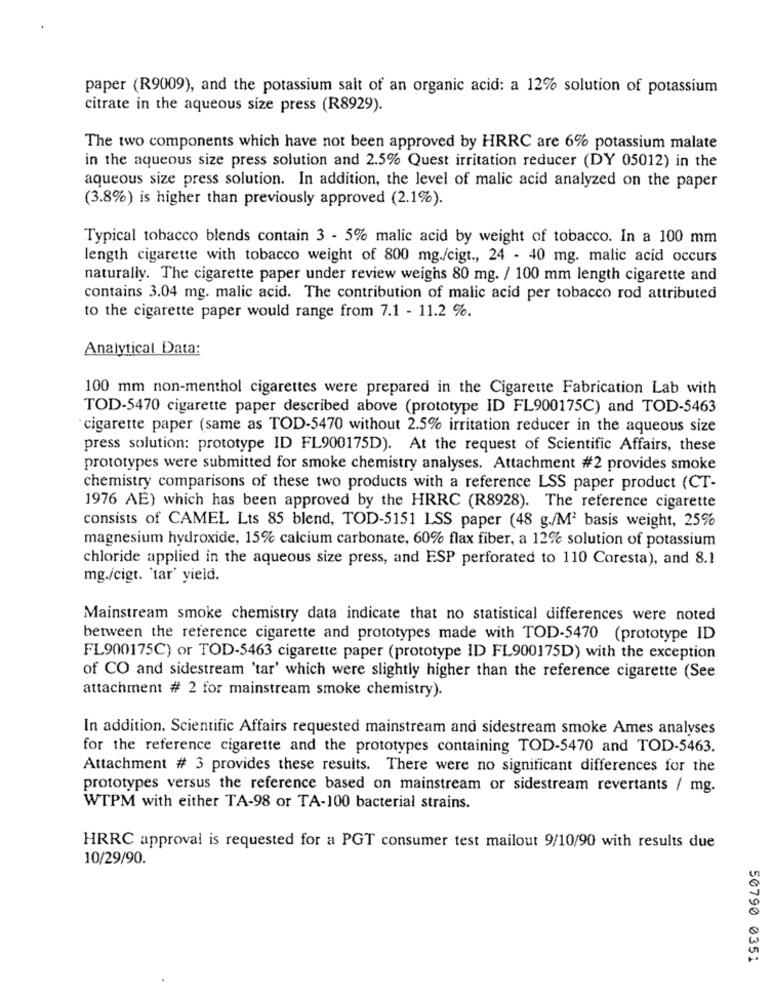
paper (R9009), and the potassium salt of an organic acid: a 12% solution of potassium
citrate in the aqueous size press (R8929).
The two components which have not been approved by HRRC are 6% potassium malate
in the aqueous size press solution and 2.5% Quest irritation reducer (DY 05012) in the
aqueous size press solution. In addition, the level of malic acid analyzed on the paper
(3.8%) is higher than previously approved (2.1%).
Typical tobacco blends contain 3 - 5% malic acid by weight of tobacco. In a 100 mm
length cigarette with tobacco weight of 800 mg./cigt ., 24 - 40 mg. malic acid occurs
naturally. The cigarette paper under review weighs 80 mg. / 100 mm length cigarette and
contains 3.04 mg. malic acid. The contribution of malic acid per tobacco rod attributed
to the cigarette paper would range from 7.1 - 11.2 %.
Analytical Data:
100 mm non-menthol cigarettes were prepared in the Cigarette Fabrication Lab with
TOD-5470 cigarette paper described above (prototype ID FL900175C) and TOD-5463
cigarette paper (same as TOD-5470 without 2.5% irritation reducer in the aqueous size
press solution: prototype ID FL900175D). At the request of Scientific Affairs, these
prototypes were submitted for smoke chemistry analyses. Attachment #2 provides smoke
chemistry comparisons of these two products with a reference LSS paper product (CT-
1976 AE) which has been approved by the HRRC (R8928). The reference cigarette
consists of CAMEL Lts 85 blend, TOD-5151 LSS paper (48 g./M2 basis weight, 25%
magnesium hydroxide, 15% calcium carbonate, 60% flax fiber, a 12% solution of potassium
chloride applied in the aqueous size press, and ESP perforated to 110 Coresta), and 8.1
mg./cigt. 'tar' yield.
Mainstream smoke chemistry data indicate that no statistical differences were noted
between the reference cigarette and prototypes made with TOD-5470 (prototype ID
FL900175C) or TOD-5463 cigarette paper (prototype ID FL900175D) with the exception
of CO and sidestream 'tar' which were slightly higher than the reference cigarette (See
attachment # 2 for mainstream smoke chemistry).
In addition. Scientific Affairs requested mainstream and sidestream smoke Ames analyses
for the reference cigarette and the prototypes containing TOD-5470 and TOD-5463.
Attachment # 3 provides these results. There were no significant differences for the
prototypes versus the reference based on mainstream or sidestream revertants / mg.
WTPM with either TA-98 or TA-100 bacterial strains.
HRRC approval is requested for a PGT consumer test mailout 9/10/90 with results due
10/29/90.
50790 0351